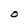
Character: O